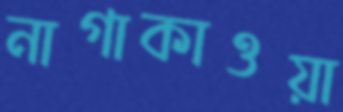
নাগাকাওয়া